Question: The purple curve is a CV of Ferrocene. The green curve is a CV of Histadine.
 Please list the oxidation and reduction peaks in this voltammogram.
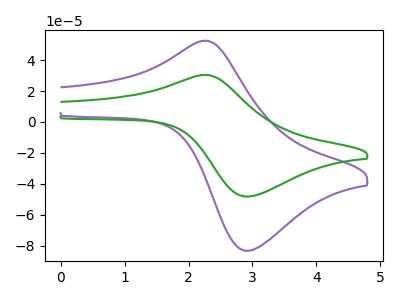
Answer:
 <answer>The purple curve "Ferrocene" has an anodic peak at (2.25V, 52.50uA) and a cathodic peak at (2.90V, -83.25uA). The green curve "Histadine" has an anodic peak at (2.25V, 30.40uA) and a cathodic peak at (2.90V, -48.20uA).</answer>
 <eval></eval>